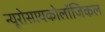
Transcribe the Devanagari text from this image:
न्यूरोसायकोलॉजिकल